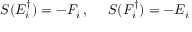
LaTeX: S ( E _ { i } ^ { \dagger } ) = - F _ { i } \, , ~ ~ ~ ~ S ( F _ { i } ^ { \dagger } ) = - E _ { i }